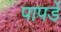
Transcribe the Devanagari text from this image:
पापर्डे